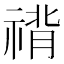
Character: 禙